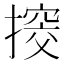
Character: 𢲷